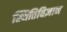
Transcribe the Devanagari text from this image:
स्थितिविज्ञान